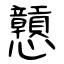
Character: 戅